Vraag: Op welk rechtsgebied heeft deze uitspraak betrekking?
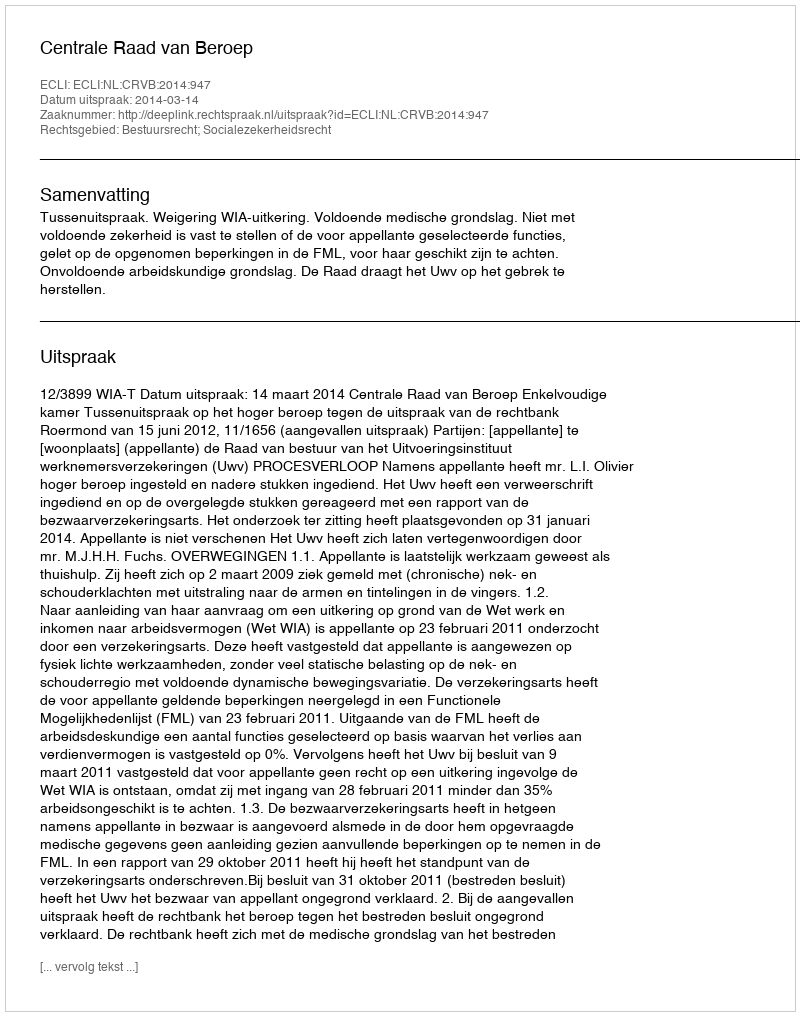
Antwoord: Bestuursrecht; Socialezekerheidsrecht